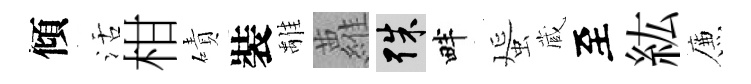
傾活柑磧裝𩀌蘿殊畔蜑蔵至紘簾